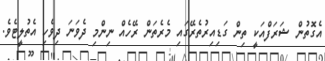
އެގޮތުން ޝަރަފްއަކީ ތިން ގަޑިއިރުތެރޭގައި މެރެތަން ރޭހެއް ނިންމި ދެވަނަ ދިވެހި އެތުލީޓެވެ.